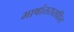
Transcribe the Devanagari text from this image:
भाषांतरासहित